Civil Veterinary Department Bengal reports 1933-51 - 1933-1951
Year: 1933
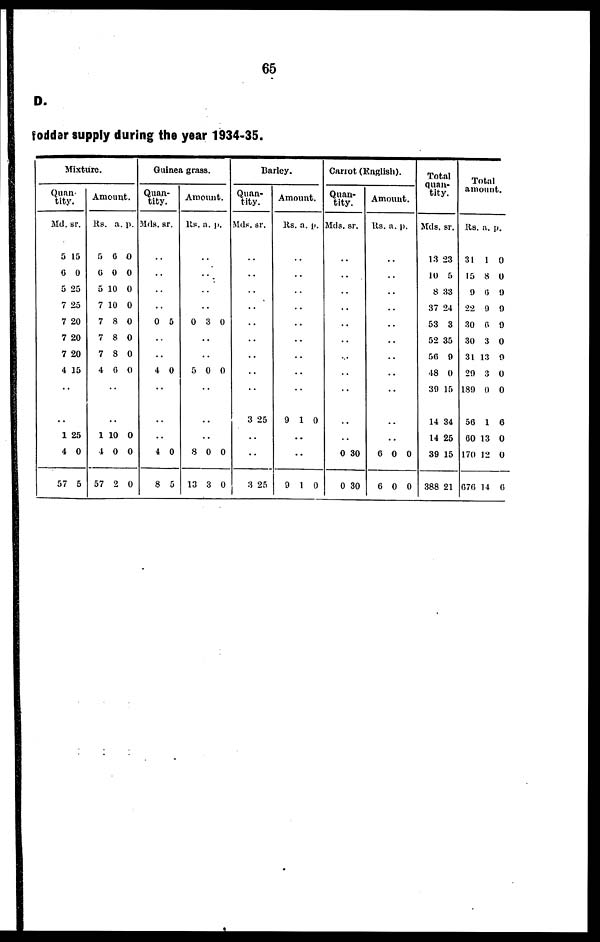
65
D.
foddar supply during the year 1934-35.
Mixture.
Quan-
tity.
Md.
5
6
5
7
7
7
7
4
..
..
1
4
57
sr.
15
0
25
25
20
20
20
15
25
0
5
Amount.
Rs.
5
6
5
7
7
7
7
4
..
..
1
4
57
a.
6
6
10
10
8
8
8
6
10
0
2
p.
0
0
0
0
0
0
0
0
0
0
0
Guinea grass.
Quan-
tity.
Mds.
..
..
..
..
0
..
..
4
..
..
..
4
8
sr.
5
0
0
5
Amount.
Rs.
..
..
..
..
0
..
..
5
..
..
..
8
13
a.
3
0
0
3
p.
0
0
0
0
Barley.
Quan
tity.
Mds.
..
..
..
..
..
..
..
..
..
3
..
..
3
sr.
25
25
Amount.
Rs.
..
..
..
..
..
..
..
..
..
9
..
..
9
a.
1
1
p.
0
0
Carrot (English).
Quan¬
tity.
Mds.
..
..
..
..
..
..
..
..
..
..
..
0
0
sr.
30
30
Amount.
Rs.
..
..
..
..
..
..
..
..
..
..
..
6
6
a.
0
0
p.
0
0
Total
quan¬
tity.
Mds.
13
10
8
37
53
52
56
48
39
14
14
39
388
sr.
23
5
33
24
3
35
9
0
15
34
25
15
21
Total
amount.
Rs.
31
15
9
22
30
30
31
29
189
56
60
170
676
a.
1
8
6
9
6
3
13
3
0
1
13
12
14
p.
0
0
9
9
9
0
9
0
0
6
0
0
6